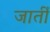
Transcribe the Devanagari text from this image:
जातीँ